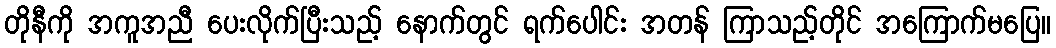
တိုနီကို အကူအညီ ပေးလိုက်ပြီးသည့် နောက်တွင် ရက်ပေါင်း အတန် ကြာသည့်တိုင် အကြောက်မပြေ။